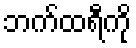
ဘက်ထရီကို